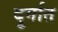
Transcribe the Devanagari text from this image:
दुर्गात